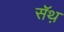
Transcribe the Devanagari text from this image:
सॅथ़